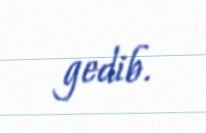
gedib.